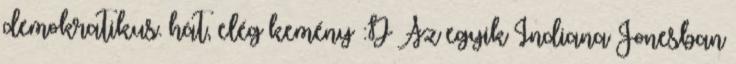
demokratikus. hát, elég kemény :D Az egyik Indiana Jonesban